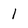
Character: 1